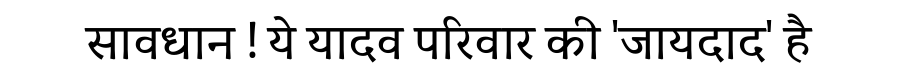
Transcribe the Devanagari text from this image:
सावधान ! ये यादव परिवार की 'जायदाद' है